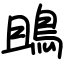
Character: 鴡